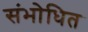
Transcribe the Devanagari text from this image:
संभोधित